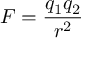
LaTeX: F = { \frac { q _ { 1 } q _ { 2 } } { r ^ { 2 } } }